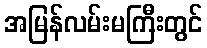
အမြန်လမ်းမကြီးတွင်